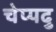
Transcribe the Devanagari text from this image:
चेप्पदु